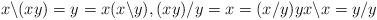
LaTeX: \begin{align*}x\backslash (xy) = y = x(x\backslash y), (xy)/y = x = (x/y)y x\backslash x = y/ y\end{align*}